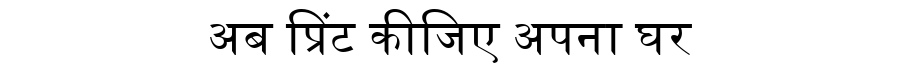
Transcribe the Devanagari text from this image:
अब प्रिंट कीजिए अपना घर